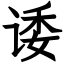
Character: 诿